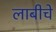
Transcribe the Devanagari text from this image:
लाबीचे